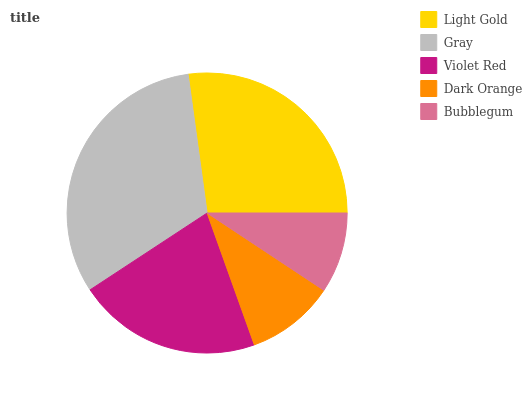
| Light Gold | Gray | Violet Red | Dark Orange | Bubblegum |
 | --- | --- | --- | --- | --- |
 | 27.2% | 32.1% | 21.2% | 10.2% | 9.3% |